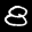
Label: 8